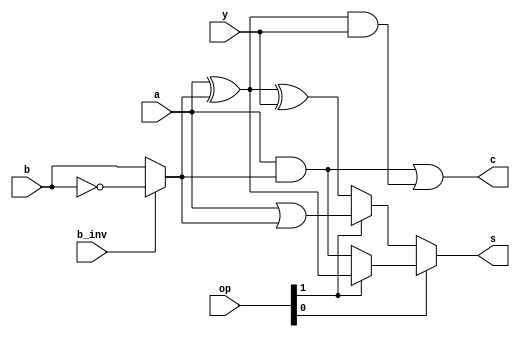
//
//
//
//
//
//

module ALU1 (
  output wire        s,       // operation sum
  output wire        c,       // carry-out (only for sumation)

  input  wire        a,
  input  wire        b,
  //input  wire        b_zero,  // force b input to zero
  input  wire        b_inv,   // invert b path
                              // effective_b = (b_inv ? (b_zero ? 0 : b)
                              // i z b  effective_b  (b_inv, b_zero, b)
                              // 0 0 0  0  normal
                              // 0 0 1  1  normal
                              // 0 1 0  0  forced to 0
                              // 0 1 0  0  forced to 0
                              // 1 0 0  1  inverted
                              // 1 0 1  0  inverted
                              // 1 1 0  1  forced to 1
                              // 1 1 1  1  forced to 1
                              
  input  wire        y,       // carry-in (only for sumation, input only affects carry-out state)

  input  wire  [1:0] op       // operation mode:
                              // 2'b00 = SUM (addition)
                              // 2'b01 = AND (logical and)
                              // 2'b10 = OR  (logical or)
                              // 2'b11 = XOR (logical exclusive-or)
  // Side note, I ask myself the question, "does the op order matter?" I come up with
  // maybe we reduce the number of bit transitions needed to change state between
  // the most popular operations and we put the most popular operation on the
  // dominanant/easier gate state.
  // So lets say the most dominant gate state is 2'b00 as it is easier to pull-down
  // than to pull-up (climb the capacitance hill) and maintain against leakage.
  // So I run objdump -d on a few executables to establish what base operations are
  // used most often in real code.  If I remove XOR to zero a register on i686/x86_64
  // the order came back ADD/SUB (most used), AND, OR, XOR (least used).
  // In my experience this makes sense (plus the adder is used inside the CPU for
  // many other things target address computation, increment/decrement, etc...)
  // Then AND is used for bitmask isolation, condition testing, computing products
  // all on read operations so it also makes sense at rank number 2.  While the OR
  // and XOR are generally involved in a write operation (a less common task of a CPU,
  // than read and interpretion of data).
  // So finally which order to put the two operations OR, AND, we have a single bit
  // transition from the most popular resolved.  We specify explicitly the MUX2 layout
  // and the resulting network is a 4-to-1 made out of 3 x MUX2s.  So lets put the most
  // popular (SUM) and next most popular (AND) switchable by only changing state at one
  // MUX (the one nearest the output pin 's').
  // This decision process maybe based on folklore but at least there is a story to it
  // with a method, and the synthesis tool might tear it all up anyway.
  // So that set the order I choose.
);

  // This ALU has a Full Adder but the logic lines are fetched out to
  //   obtain access for other logic operations
  // The Binv was added for subtraction (already had carry_in).
  // The OR_AB was added to complete the logic set (also priving 4 outputs now
  //   a nice round number of full utilization of MUX2s).
  // The Bzero was added for utility (allowing all zeros, all ones)

  // The intention here is to help out the synthesis, but maybe synthesis is
  //   so good already it can optimize through it anyway.  So it is expected
  //   to have low gate/cell count for
  
  // The arrangment allows the following operations to occur:
  //   AND
  //   OR
  //   XOR
  //   one's complement (invert)
  //   two's complement (negate)
  //   addition (without carry)
  //   addition (with carry)
  //   subtraction (without borrow)
  //   subtraction (with borrow)
  //   clear-bits (AND Binv)
  //   set-inverted-bits (OR Binv) maybe not that useful ?
  //   toggle-inverted-bits (XOR Binv) maybe not that useful ?
  //   logical-shift-left (ADD where A and B are identical, output bit is in carry_out)
  // from 4 bits of OP_CONTRL


  // resolve effective_b first action: b_zero
  wire b_with_zero;
  assign b_with_zero = /*b_zero ? 1'b0 : */ b;

  // resolve effective_b second action: invert
  wire effective_b;
  assign effective_b = b_inv ? ~b_with_zero : b_with_zero;	// b_inv XOR b_with_zero

  wire or_ab;
  assign or_ab = a | effective_b;

  wire and_ab;
  assign and_ab = a & effective_b;

  wire xor_ab;
  assign xor_ab = a ^ effective_b;

  // Half Adder
  wire ha_mid_carry;	// and_y_xor_ab
  assign ha_mid_carry = xor_ab & y;	// and_ab AND carry_in
  wire ha_s;
  assign ha_s = xor_ab ^ y;		// xor_ab XOR carry_in
  wire ha_c;
  assign ha_c = and_ab | ha_mid_carry;	// and_ab AND mid
  
  // We control the MUX order in verilog, maybe there is a reason to use a different op mapping
  wire s_sum_or;
  assign s_sum_or = op[1] ? or_ab : ha_s;
  wire s_and_xor;
  assign s_and_xor = op[1] ? xor_ab : and_ab;

  // finally
  assign s = op[0] ? s_and_xor : s_sum_or;
  assign c = ha_c;

endmodule